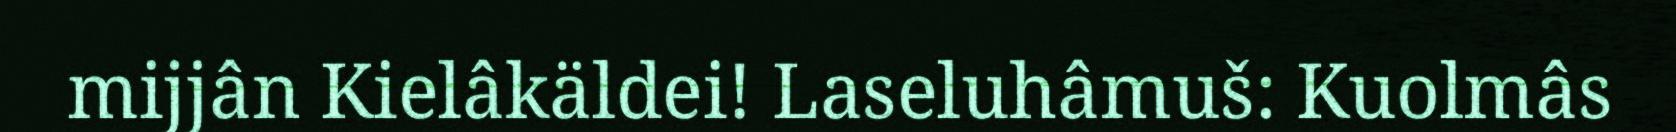
mijjân Kielâkäldei! Laseluhâmuš: Kuolmâs